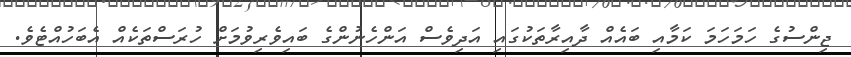
ޖިންސުގެ ހަމަހަމަ ކަމާއި ބައެއް ދާއިރާތަކުގައި އަދިވެސް އަންހެނުންގެ ބައިވެރިވުމަށް ހުރަސްތަކެއް އެބަހުއްޓެވެ.